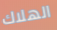
الهلاك